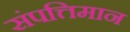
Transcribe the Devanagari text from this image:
संपत्तिमान